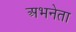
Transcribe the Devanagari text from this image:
अभनेता